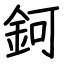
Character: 鈳